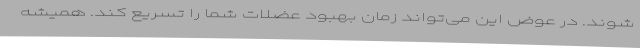
شوند. در عوض این می‌تواند زمان بهبود عضلات شما را تسریع کند. همیشه